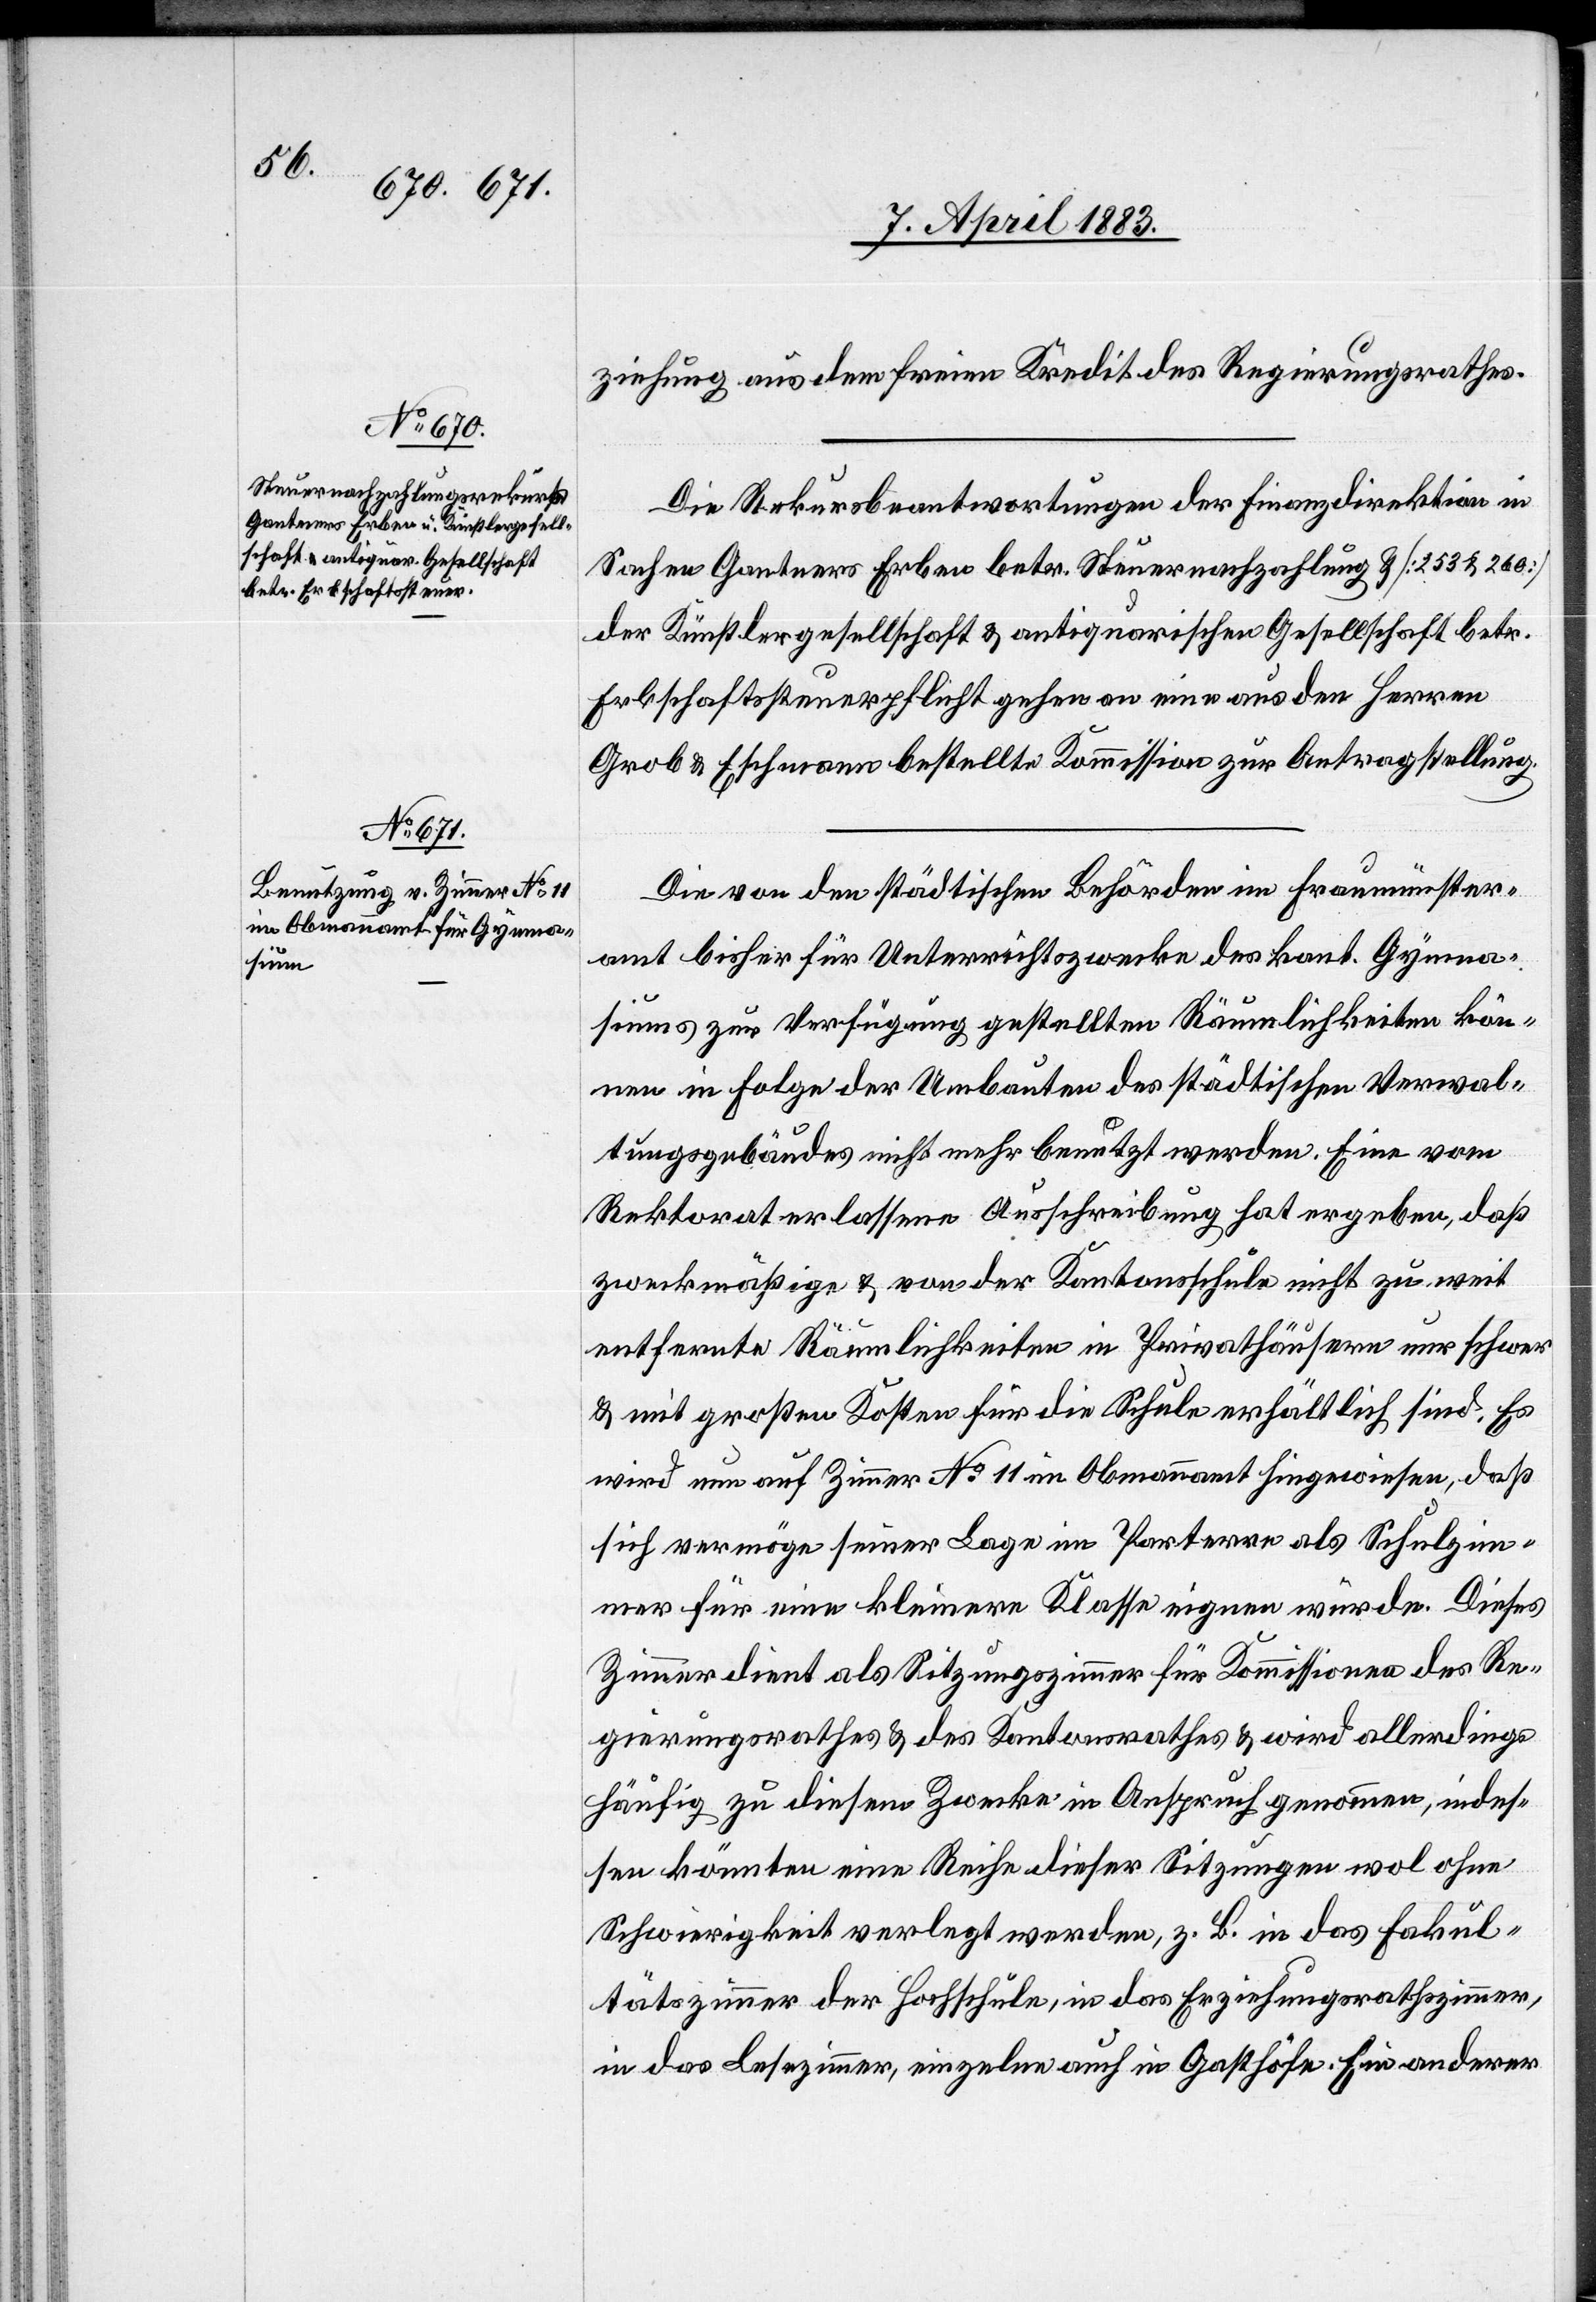
ziehung aus dem freien Kredit des Regierungsrathes.
Die Rekursbeantwortungen der Finanzdirektion in
Sachen Gantners Erben betr. Steuernachzahlung & [253 & 260]
der Künstlergesellschaft & antiquarischen Gesellschaft betr.
Erbschaftssteuerpflicht gehen an eine aus den Herren
Grob & Eschmann bestellte Kommission zur Antragstellung.
Die von den städtischen Behörden im Fraumünster¬
amt bisher für Unterrichtszwecke des kant. Gymna¬
siums zur Verfügung gestellten Räumlichkeiten kön¬
nen in Folge der Umbauten des städtischen Verwal¬
tungsgebäudes nicht mehr benutzt werden. Eine vom
Rektorat erlassene Ausschreibung hat ergeben, daß
zweckmäßige & von der Kantonsschule nicht zu weit
entfernte Räumlichkeiten in Privathäusern nur schwer
& mit großen Kosten für die Schule erhältlich sind. Es
wird nun auf Zimmer No 11 im Obmannamt hingewiesen, daß
sich vermöge seiner Lage im Parterre als Schulzim¬
mer für eine kleinere Klasse eignen würde. Dieses
Zimmer dient als Sitzungszimmer für Kommissionen des Re¬
gierungsrathes & des Kantonsrathes & wird allerdings
häufig zu diesem Zwecke in Anspruch genommen, indes¬
sen könnten eine Reihe dieser Sitzungen wol ohne
Schwierigkeit verlegt werden, z. B. in das Fakul¬
tätszimmer der Hochschule, in das Erziehungsrathszimmer,
in das Lesezimmer, einzelne auch in Gasthöfe. Ein anderer